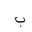
Letter: _ba